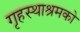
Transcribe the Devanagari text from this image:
गृहस्थाश्रमको